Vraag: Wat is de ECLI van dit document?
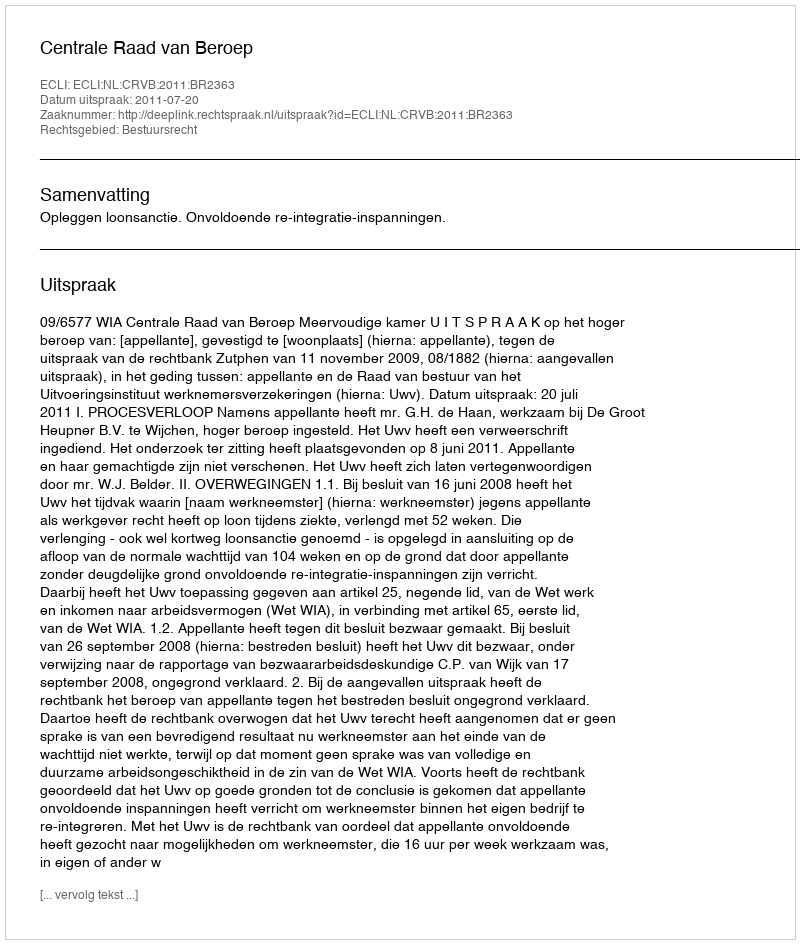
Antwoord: ECLI:NL:CRVB:2011:BR2363